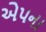
એપના